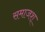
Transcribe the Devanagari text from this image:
समाजश्